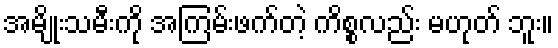
အမျိုးသမီးကို အကြမ်းဖက်တဲ့ ကိစ္စလည်း မဟုတ် ဘူး။